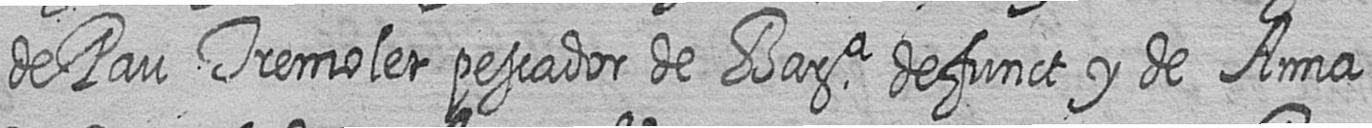
de Pau Tremoler pescador de Bara defunct y de Anna